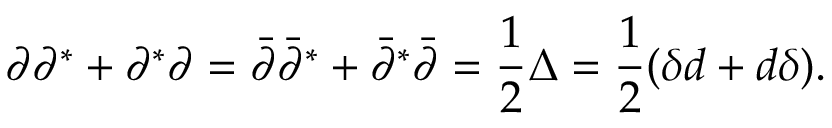
\partial \partial ^ { * } + \partial ^ { * } \partial = \bar { \partial } \bar { \partial } ^ { * } + \bar { \partial } ^ { * } \bar { \partial } = \frac 1 2 \Delta = \frac 1 2 ( \delta d + d \delta ) . \nonumber